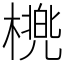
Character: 橷